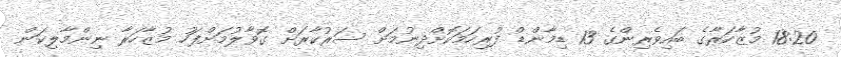
18:20 މުޒާހަރާގެ ބައިވެރިންގެ 13 ޑިމާންޑް ފުރިހަމަކޮށްދިނުމަށް ސަރުކާރަށް ގޮވާލުމަށްފަހު މުޒާހަރާ ނިންމާލިކަން